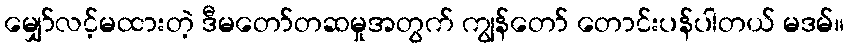
မျှော်လင့်မထားတဲ့ ဒီမတော်တဆမှုအတွက် ကျွန်တော် တောင်းပန်ပါတယ် မဒမ်။